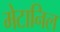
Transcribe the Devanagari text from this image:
मेटानिल